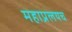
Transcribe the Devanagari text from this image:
महाप्रलयच